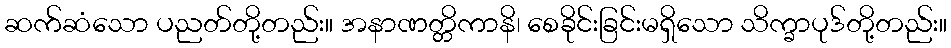
ဆက်ဆံသော ပညတ်တို့တည်း။ အနာဏတ္တိကာနိ၊ စေခိုင်းခြင်းမရှိသော သိက္ခာပုဒ်တို့တည်း။